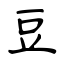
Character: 豆